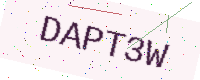
Text: DAPT3W